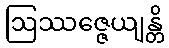
ဩဿဇ္ဇေယျန္တိ